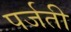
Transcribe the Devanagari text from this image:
पर्जती